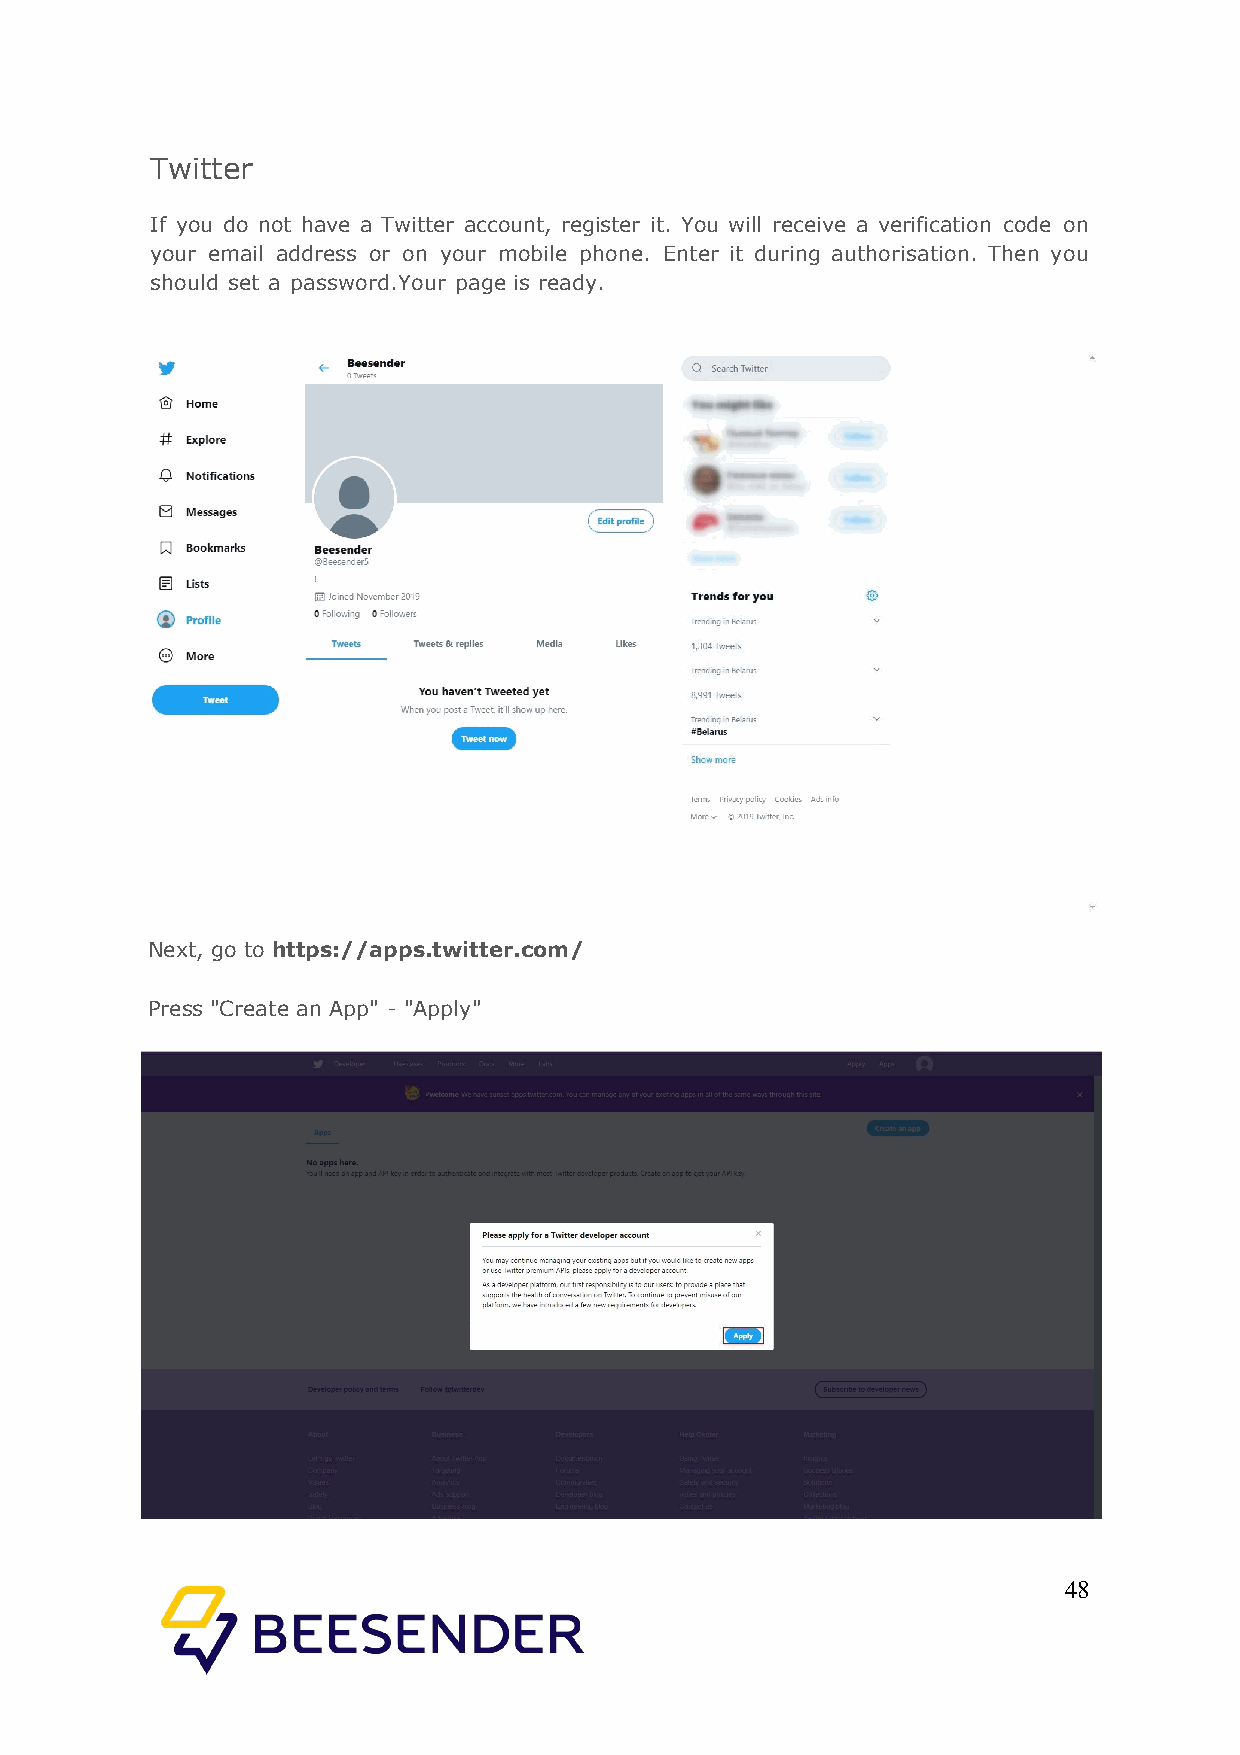
Twitter
 If you do not have a Twitter account, register it. You will receive a verification code on
 your email address or on your mobile phone. Enter it during authorisation. Then you
 should set a password.Your page is ready.
 Next, go to https://apps.twitter.com/
 Press "Create an App" - "Apply"
 48